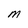
Character: M